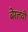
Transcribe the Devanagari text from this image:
बेरलवी